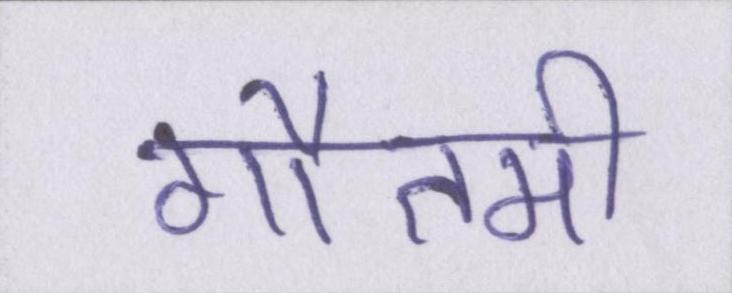
गौतमी